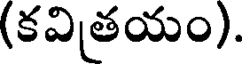
(కవితయం).